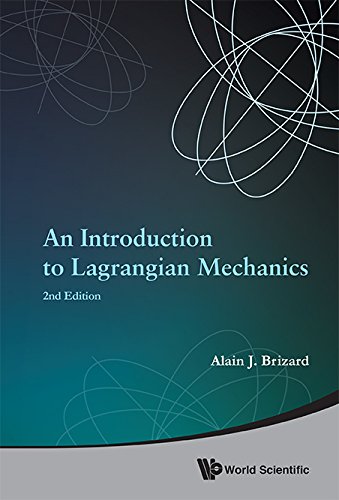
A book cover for An Introduction to Lagrangian Mechanics: 2nd Edition; Alain J Brizard; Science & Math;